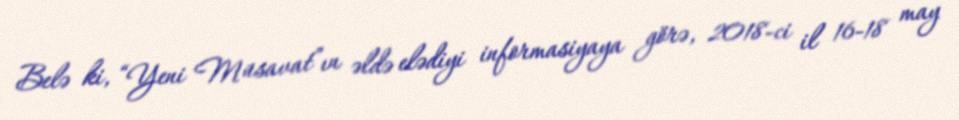
Belə ki, “Yeni Müsavat”ın əldə elədiyi informasiyaya görə, 2018-ci il 16-18 may